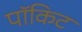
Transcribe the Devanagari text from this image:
पॉकिट